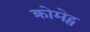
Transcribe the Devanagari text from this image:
क्रोमेट्स